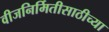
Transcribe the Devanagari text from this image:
वीजनिर्मितीसाठीच्या